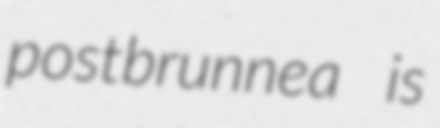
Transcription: postbrunnea is